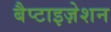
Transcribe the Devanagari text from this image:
बैप्टाइज़ेशन